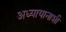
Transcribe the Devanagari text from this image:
अध्यायानाशी